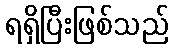
ရရှိပြီးဖြစ်သည်